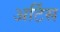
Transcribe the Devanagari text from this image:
अर्टिस